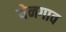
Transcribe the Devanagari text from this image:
येनगाव